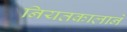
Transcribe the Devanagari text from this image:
नियतकालाने